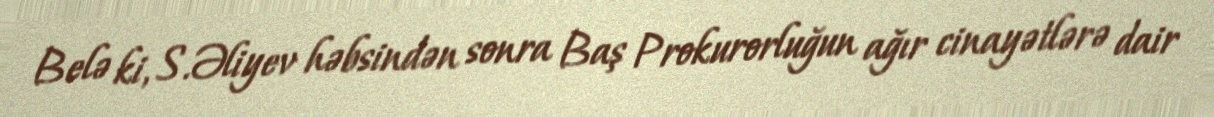
Belə ki, S.Əliyev həbsindən sonra Baş Prokurorluğun ağır cinayətlərə dair